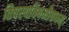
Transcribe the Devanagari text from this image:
विषस्यविषमौषधम्‌